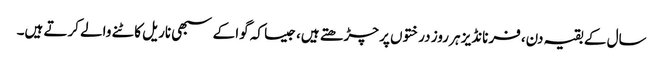
سال کے بقیہ دن، فرنانڈیز ہر روز درختوں پر چڑھتے ہیں، جیسا کہ گوا کے سبھی ناریل کاٹنے والے کرتے ہیں۔